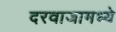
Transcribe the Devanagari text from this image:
दरवाजामध्ये